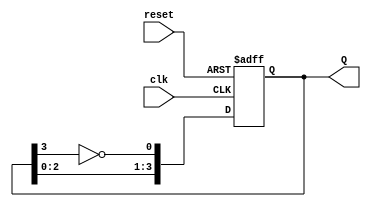
module johnson_counter (
    input wire clk,       // Clock input
    input wire reset,     // Asynchronous reset
    output reg [3:0] Q    // 4-bit output representing the state of the counter
);

// Always block triggered on the rising edge of the clock or when reset is asserted
always @(posedge clk or posedge reset) begin
    if (reset) begin
        // Asynchronous reset: set all outputs to 0
        Q <= 4'b0000;
    end else begin
        // Johnson counter state transition
        Q[0] <= ~Q[3]; // D0 = NOT(Q3)
        Q[1] <= Q[0];  // D1 = Q0
        Q[2] <= Q[1];  // D2 = Q1
        Q[3] <= Q[2];  // D3 = Q2
    end
end

endmodule